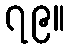
၇၉။